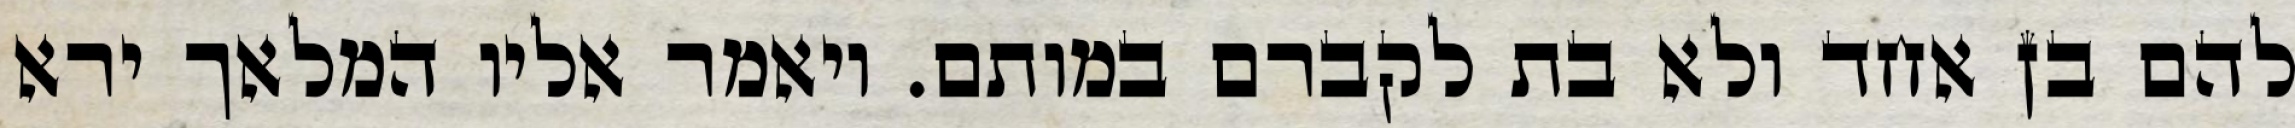
להם בן אחד ולא בת לקברם במותם. ויאמר אליו המלאך ירא